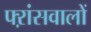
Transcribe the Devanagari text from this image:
फ्ऱांसवालों